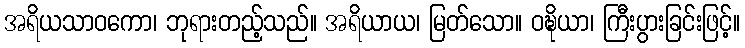
အရိယသာဝကော၊ ဘုရားတည့်သည်။ အရိယာယ၊ မြတ်သော။ ဝဍ္ဎိယာ၊ ကြီးပွားခြင်းဖြင့်။